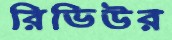
রিভিউর